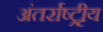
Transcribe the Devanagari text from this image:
अंतर्राष्ट्रीृय